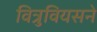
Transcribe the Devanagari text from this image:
वित्रुवियसने